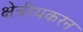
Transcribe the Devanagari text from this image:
क्षेत्रीयकरन